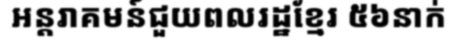
អន្តរាគមន៍ជួយពលរដ្ឋខ្មែរ ៥៦នាក់